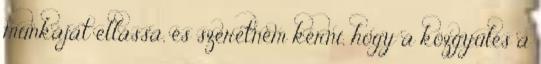
munkáját ellássa, és szeretném kérni, hogy a közgyűlés a